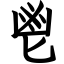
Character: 鬯